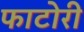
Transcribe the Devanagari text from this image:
फाटोरी